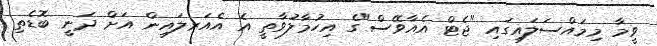
ވީމާ މިމައްސަލައިގައި "ޖެޓް އެއާވޭސް"ގެ އިހުމާލުވާތީ އެ އެއަރލައިން އަށް ދަނީ ބޮޑެތި